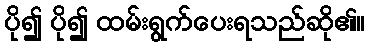
ပို၍ ပို၍ ထမ်းရွက်ပေးရသည်ဆို၏။